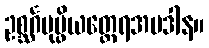
ဥစ္ဆင်္ဂပုပ္ဖိယတ္ထေရအပဒါန။